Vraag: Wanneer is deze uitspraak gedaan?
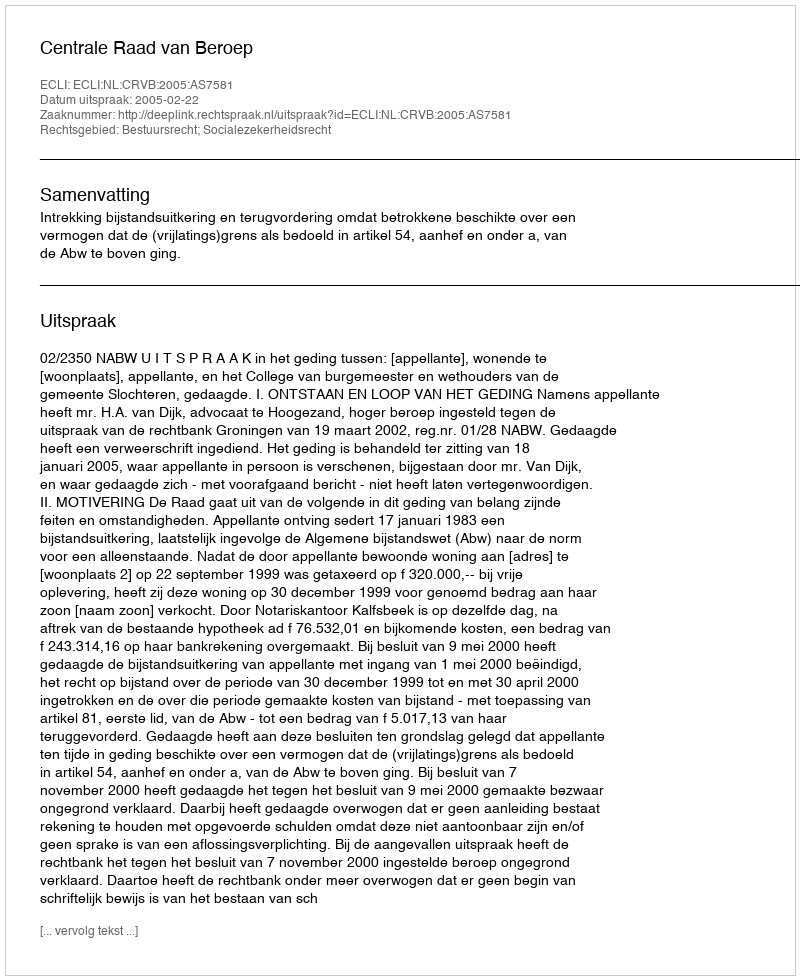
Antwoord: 2005-02-22